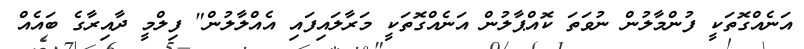
އަނެއްގޮތަކީ ފުންމާލުން ނުވަތަ ކޮއްޕާލުން އަނެއްގޮތަކީ މަރާލައިފައި އެއްލާލުން" ފިލްމީ ދާއިރާގެ ބައެއް